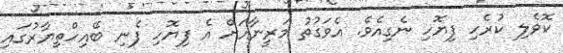
ކޮވެލި ކުރެހި ފިޔޮހި ނެގިއެވެ. އެވަގުތު މަރީނާއަށް އެ ފިޔޮހި ފެނި ބޭއިހްތިޔާރުގައި